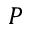
P